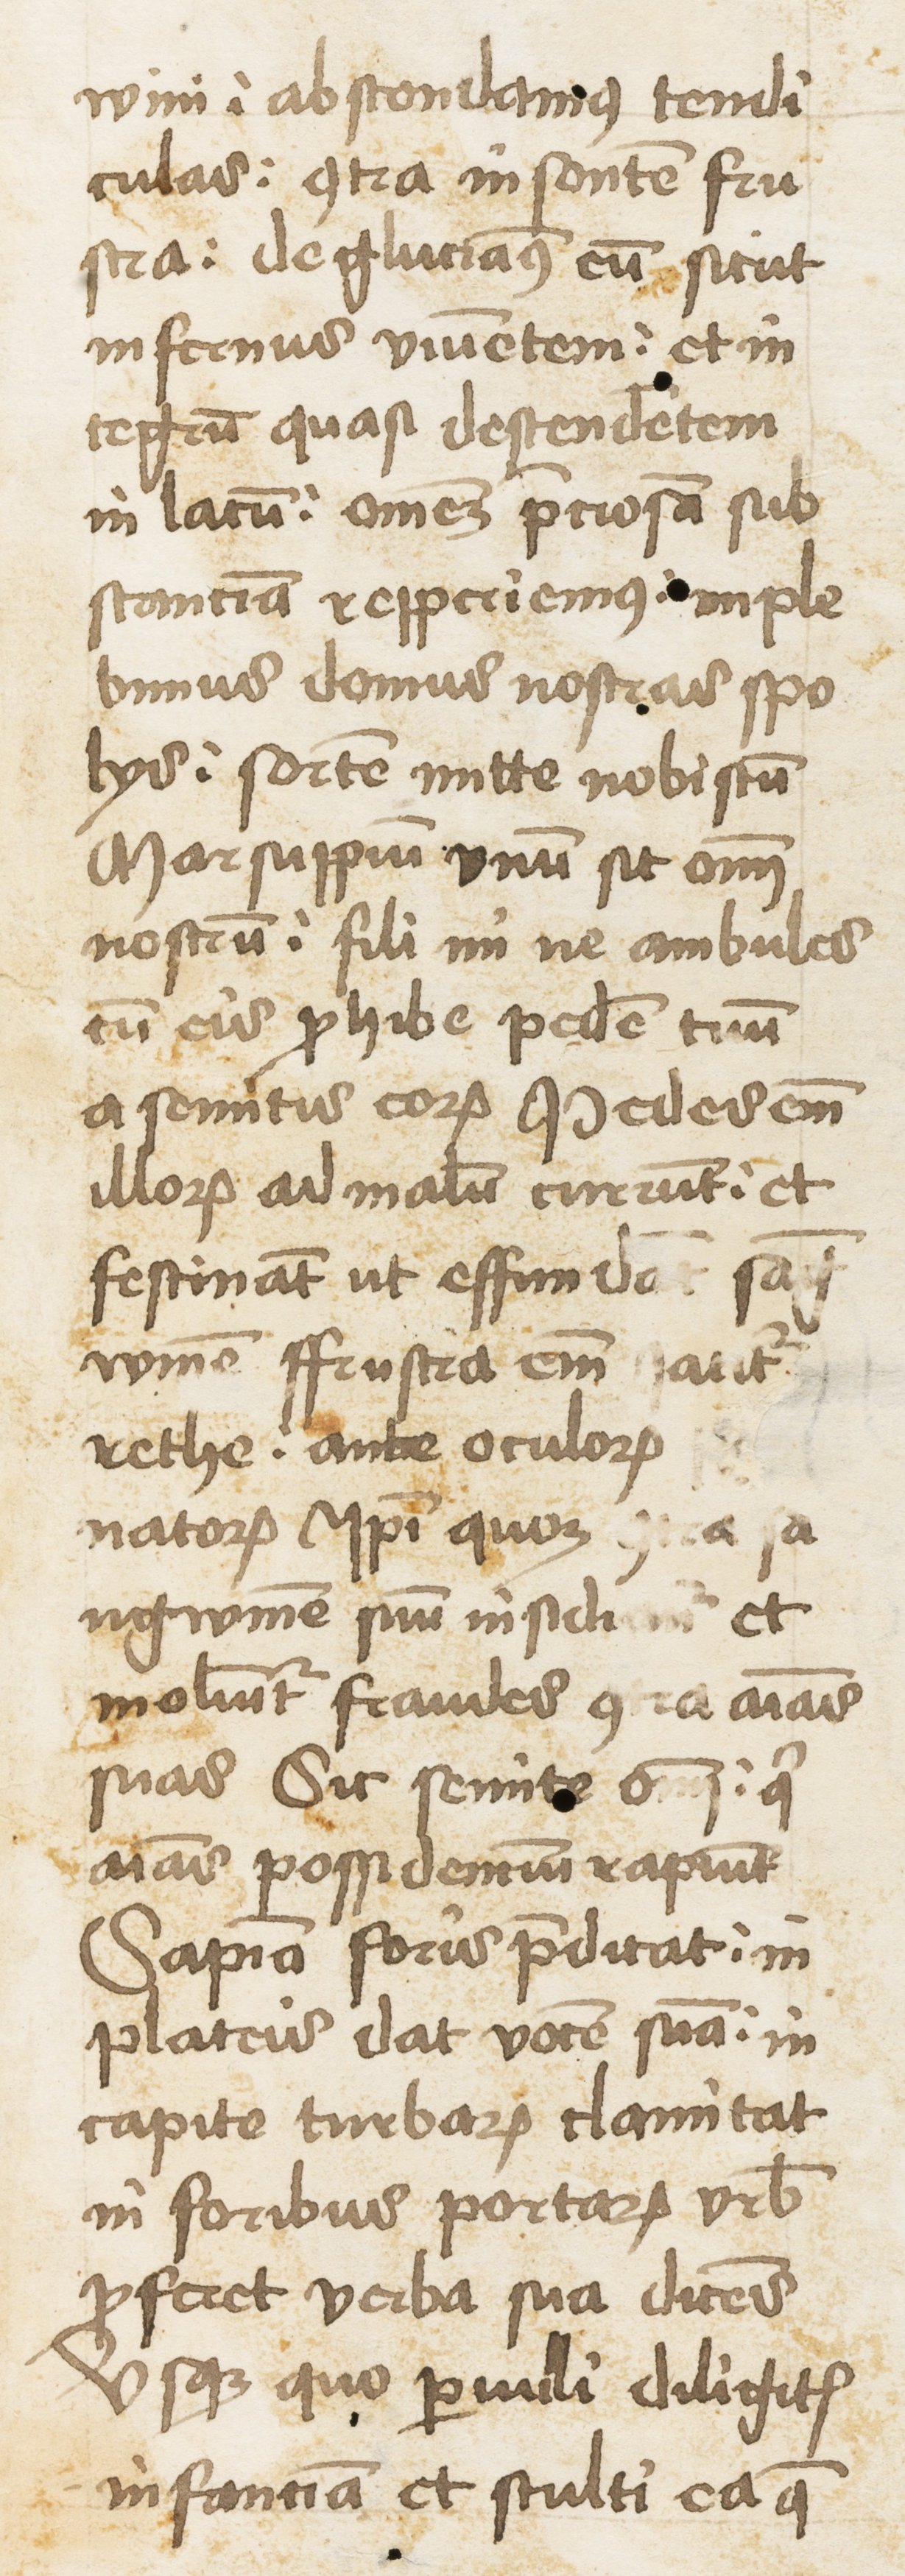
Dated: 1460–1462